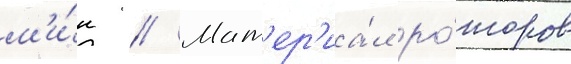
м'и́н // Мат'ер'иа́л ро́торов